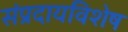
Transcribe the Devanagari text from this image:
संप्रदायविशेष